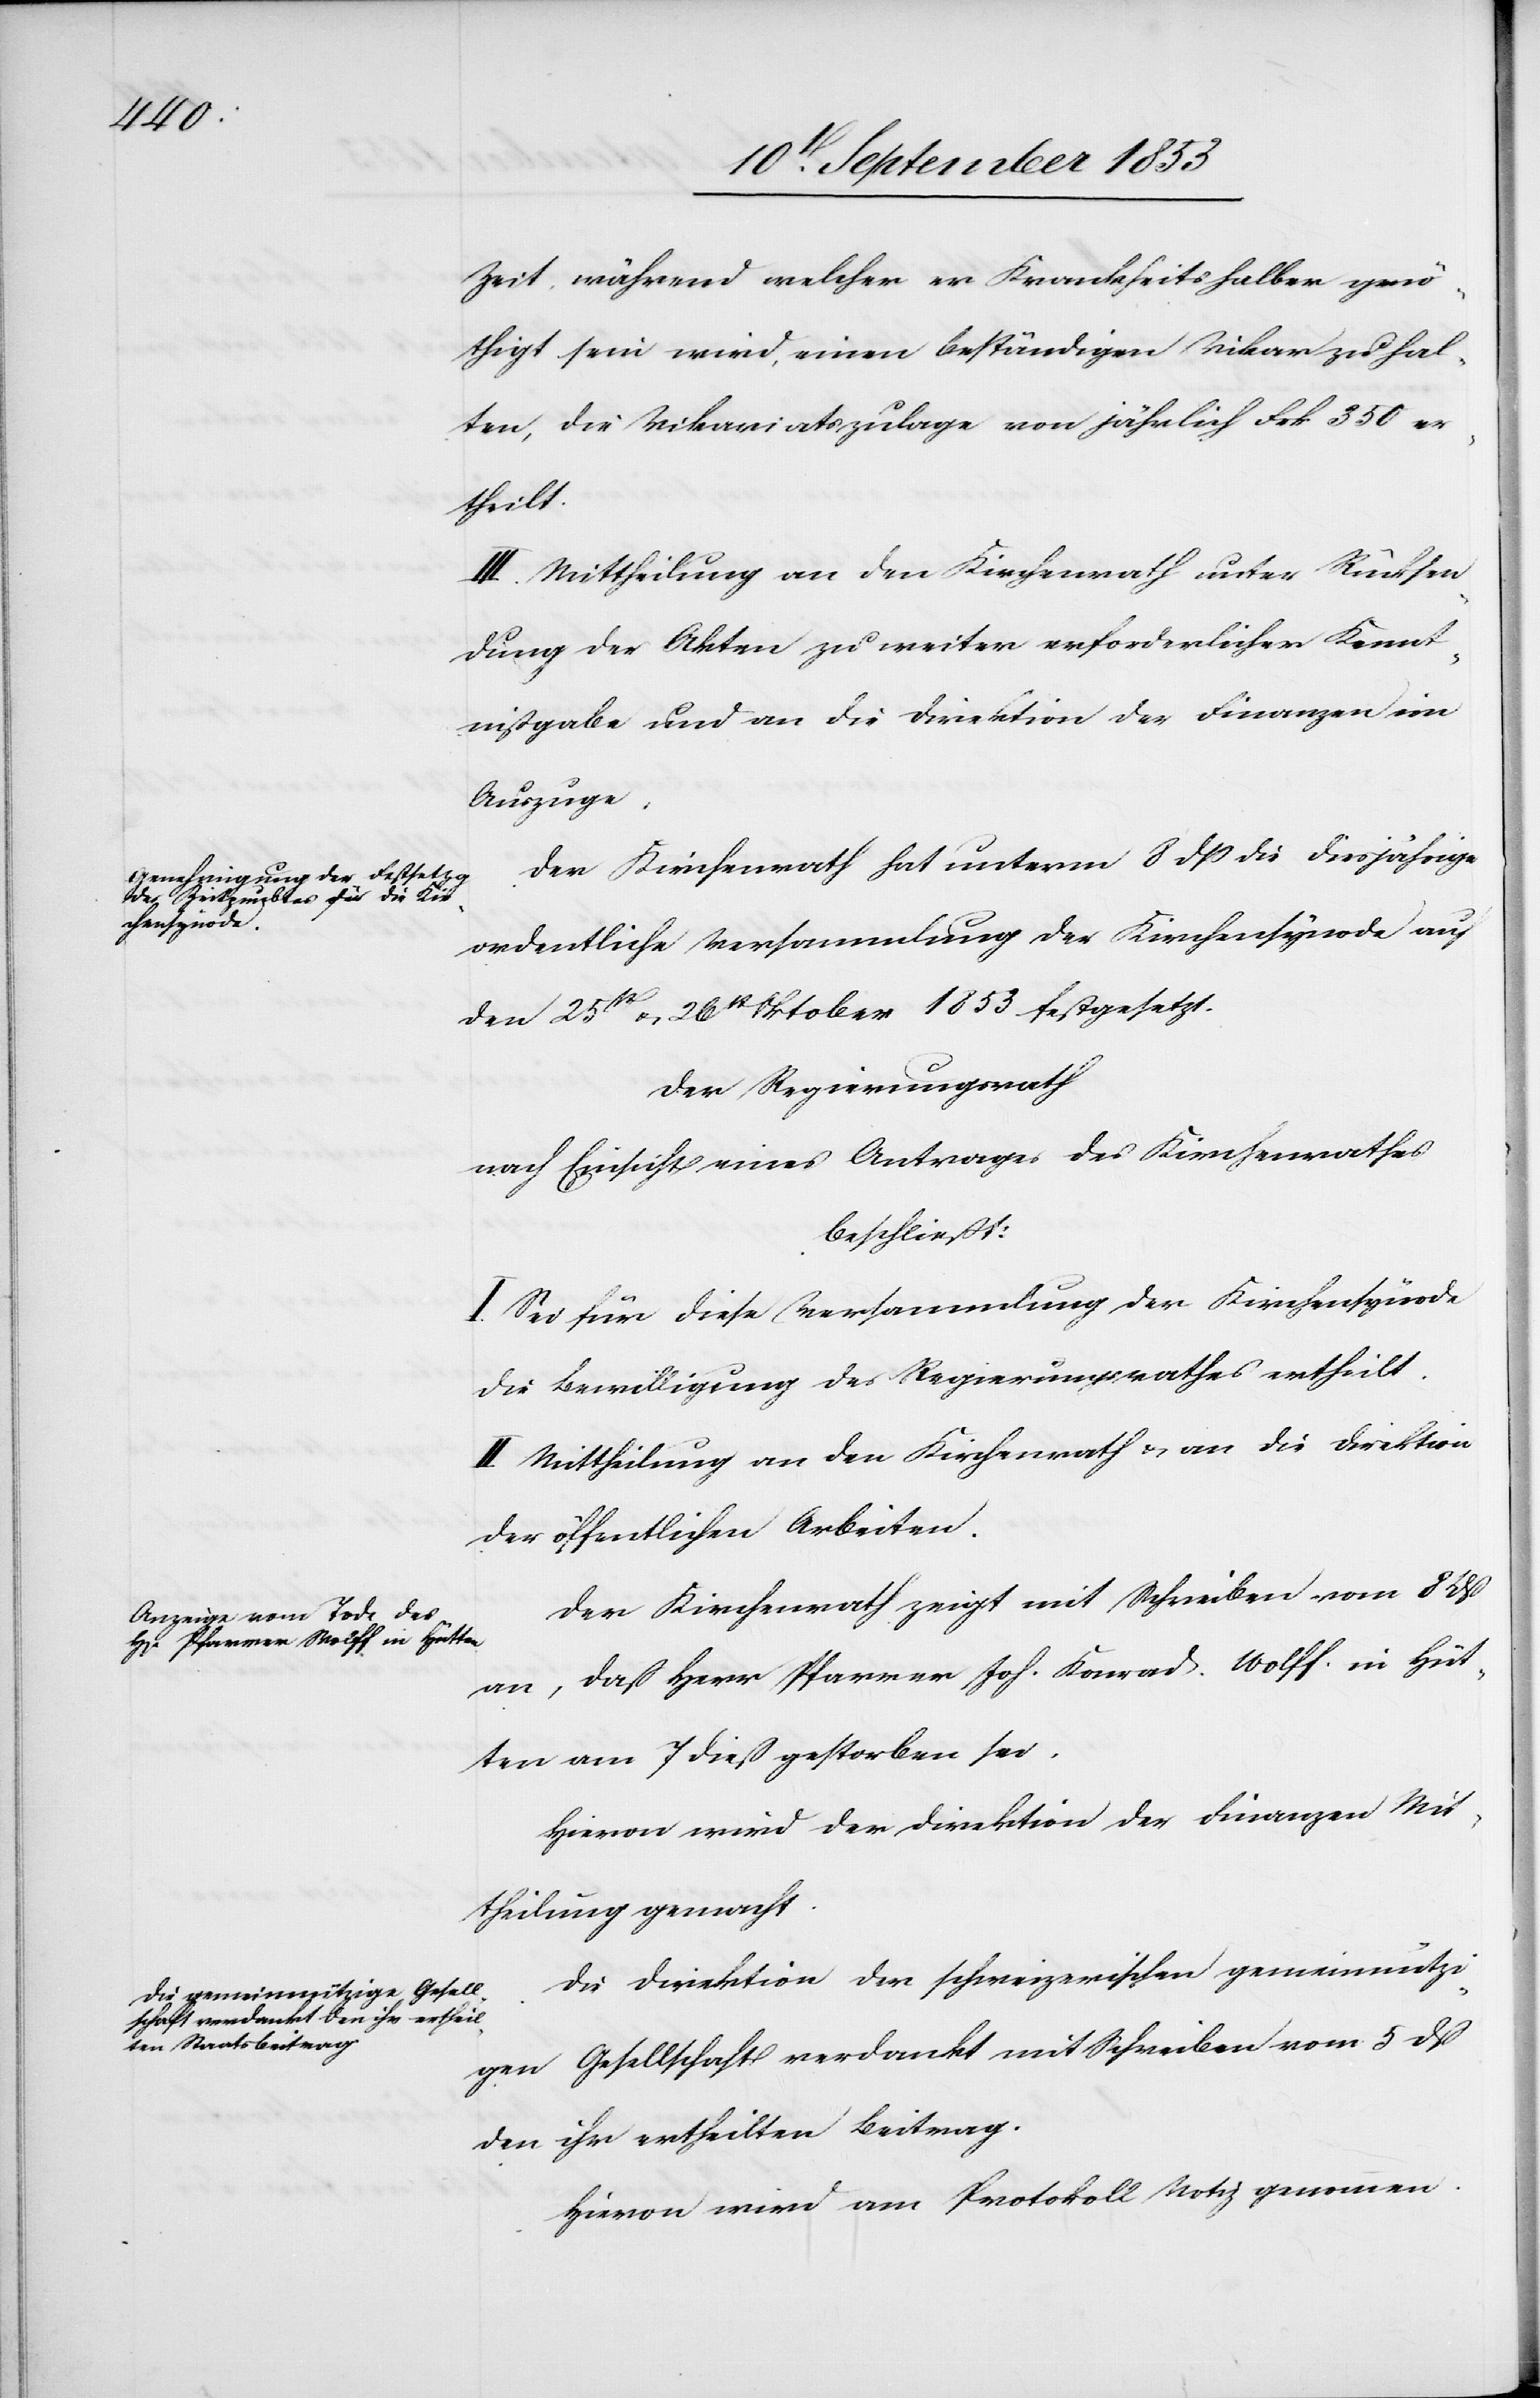
Zeit, während welcher er krankheitshalber genö¬
thigt sein wird, einen beständigen Vikar zu hal¬
ten, die Vikariatszulage von jährlich Frk. 350 er¬
theilt.
Mittheilung an den Kirchenrath unter Rücksen¬
dung der Akten zu weiter erforderlicher Kennt¬
nißgabe und an die Direktion der Finanzen im
Auszuge.
Der Kirchenrath hat unterm 8 dß die diesjährige
ordentliche Versammlung der Kirchensynode auf
den 25t u. 26t Oktober 1853 festgesetzt.
Der Regierungsrath
nach Einsicht eines Antrages des Kirchenrathes,
beschließt:
I. Sei für diese Versammlung der Kirchensynode
die Bewilligung des Regierungsrathes ertheilt.
II. Mittheilung an den Kirchenrath u. an die Direktion
der öffentlichen Arbeiten.
Der Kirchenrath zeigt mit Schreiben vom 8 dß
an, daß Herr Pfarrer Joh. Konrad Wolff in Hüt¬
ten am 7 dieß gestorben sei.
Hievon wird der Direktion der Finanzen Mit¬
theilung gemacht.
Die Direktion der schweizerischen gemeinnützi¬
gen Gesellschaft verdankt mit Schreiben vom 5 dß
den ihr ertheilten Beitrag.
Hievon wird am Protokoll Notiz genommen.